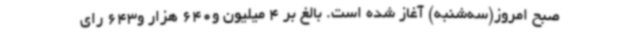
صبح امروز(سه‌شنبه) آغاز شده است. بالغ بر 4 میلیون و640 هزار و643 رای